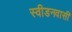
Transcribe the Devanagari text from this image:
स्वीडनवासी